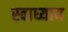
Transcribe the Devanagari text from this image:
स्‍वाध्‍याय